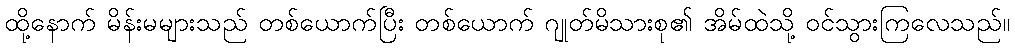
ထို့နောက် မိန်းမများသည် တစ်ယောက်ပြီး တစ်ယောက် ဂျုတ်မိသားစု၏ အိမ်ထဲသို့ ဝင်သွားကြလေသည်။